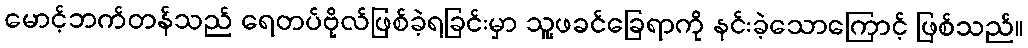
မောင့်ဘက်တန်သည် ရေတပ်ဗိုလ်ဖြစ်ခဲ့ရခြင်းမှာ သူ့ဖခင်ခြေရာကို နင်းခဲ့သောကြောင့် ဖြစ်သည်။